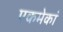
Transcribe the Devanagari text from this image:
एकमेकां